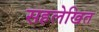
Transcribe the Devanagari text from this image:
सहलेखित